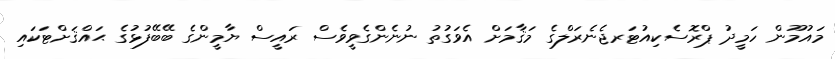
މައުމޫން ހަމީދު ޕްރޮސެކިއުޓަރޖެނެރަލްގެ މަޤާމަށް އެވަގުތު ނުނެންގެވީވެސް ރައީސް ޔާމީންގެ ބޭބޭފުޅުގެ ޙައްޤަށްޓަކައި